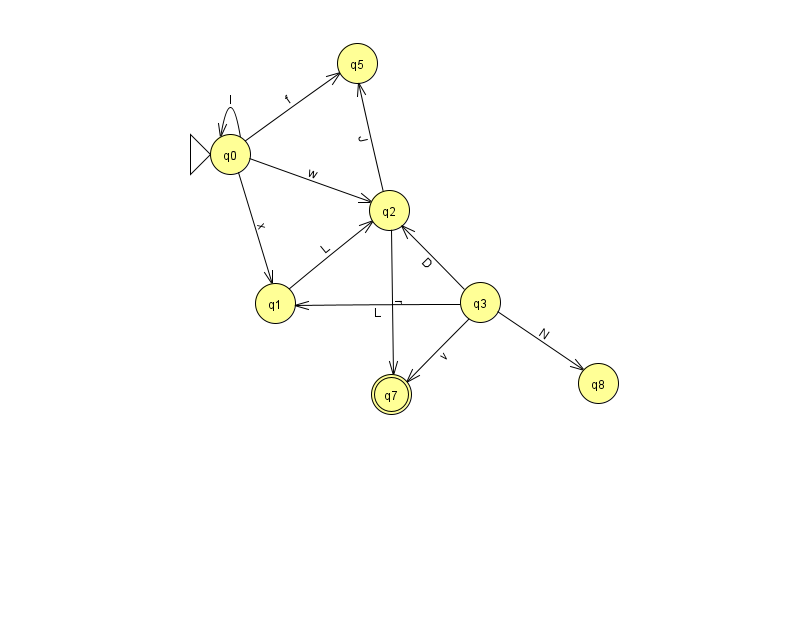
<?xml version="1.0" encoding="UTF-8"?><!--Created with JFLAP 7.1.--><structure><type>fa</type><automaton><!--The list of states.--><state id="0" name="q0"><x>230.0</x><y>141.0</y><initial/></state><state id="1" name="q1"><x>275.0</x><y>290.0</y></state><state id="2" name="q2"><x>389.0</x><y>197.0</y></state><state id="3" name="q3"><x>480.0</x><y>289.0</y></state><state id="5" name="q5"><x>357.0</x><y>50.0</y></state><state id="7" name="q7"><x>391.0</x><y>381.0</y><final/></state><state id="8" name="q8"><x>598.0</x><y>370.0</y></state><!--The list of transitions.--><transition><from>3</from><to>1</to><read>L</read></transition><transition><from>2</from><to>7</to><read>r</read></transition><transition><from>0</from><to>2</to><read>w</read></transition><transition><from>0</from><to>5</to><read>f</read></transition><transition><from>3</from><to>8</to><read>N</read></transition><transition><from>0</from><to>0</to><read>I</read></transition><transition><from>0</from><to>1</to><read>x</read></transition><transition><from>2</from><to>5</to><read>J</read></transition><transition><from>3</from><to>2</to><read>D</read></transition><transition><from>1</from><to>2</to><read>L</read></transition><transition><from>3</from><to>7</to><read>v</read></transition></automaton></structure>